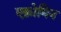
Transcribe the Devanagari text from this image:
एक्रोमिन